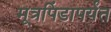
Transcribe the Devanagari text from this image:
मूत्रपिंडापर्यंत